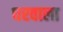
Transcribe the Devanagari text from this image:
घरवाला